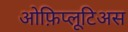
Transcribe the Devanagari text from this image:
ओफ़िप्लूटिअस